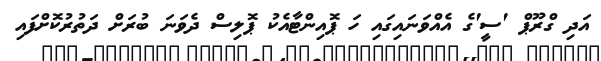
އަދި ގްރޫޕް 'ސީ'ގެ އެއްވަނައިގައި ހަ ޕޮއިންޓާއެކު ޕޮލިސް ދެވަނަ ބުރަށް ދަތުރުކޮށްފައި